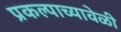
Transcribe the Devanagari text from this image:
प्रकल्पाच्यावेळी